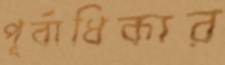
পূর্বাধিকার